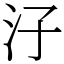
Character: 汓